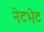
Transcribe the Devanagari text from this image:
नेटभेट